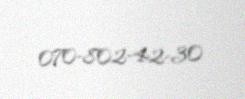
070-802-42-30